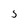
Character: S